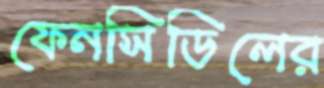
ফেনসিডিলের